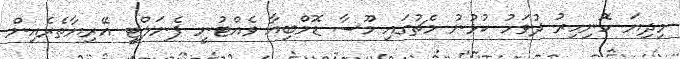
މިދިޔަ ހޮނިހިރު ދުވަހު ކުޅުނު މެޗުގައި މޫސާ ޑޮމްބިއާ ވެއްޓުނީ ޕެނަލްޓީ އޭރިޔާތެރެެއިން